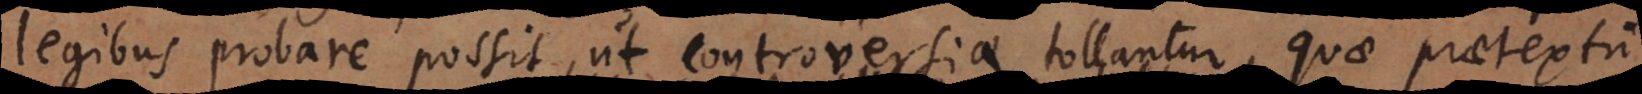
legibus probare possit, ut controversiae tollantur, quae praetextu